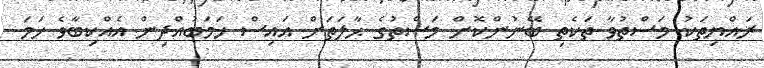
ރައްޔިތަކު މަސްތުވާ ތަކެތި ބޭނުންކޮށް މަސްތުގެ ޙާލަތަށް އައިސް ހަމަބުއްދިން އެއްކިބާވެ ހަމަ